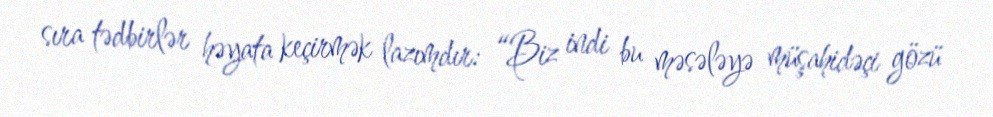
sıra tədbirlər həyata keçirmək lazımdır: “Biz indi bu məsələyə müşahidəçi gözü